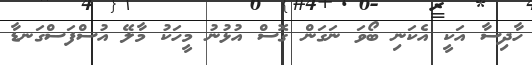
ހާދިސާ އަކީ އެކަނި ބޯވަ ނަގަން ގޮސް އުޅުނު މީހަކު މާލޭ އުސްފަސްގަނޑާ